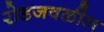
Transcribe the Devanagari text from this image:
रोडजवळील